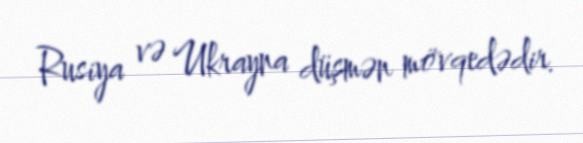
Rusiya və Ukrayna düşmən mövqedədir.